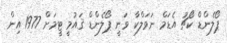
ޕޯލެންޑް ކޯޗު އެޑަމް ނަވަލްކާ ވަނީ ޕޯލެންޑް ޤައުމީ ޓީމަށް 1977 އިން